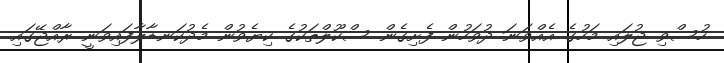
ހުސްވި ޖުލައި މަހުގެ އެއްވަނަ ދުވަހުން ފެށިގެން ސްކޫލްތަކުގެ ކިޔެވުން މެދުކަނޑާލާފައިވަނީ ރާއްޖޭގައި